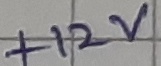
Text: +12V